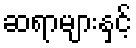
ဆရာများနှင့်